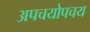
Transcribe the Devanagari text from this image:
अपचयोपचय